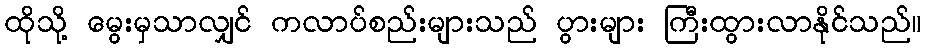
ထိုသို့ မွေးမှသာလျှင် ကလာပ်စည်းများသည် ပွားများ ကြီးထွားလာနိုင်သည်။